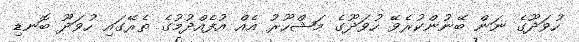
ހުވަދޫގެ ނަން ބޭނުންކުރެވޭ ހުވަދޫގެ މަޝްހޫރު އެއް އުފެއްދުމުގެ ތެރޭގައި ހުވަދޫ ބޮނޑި